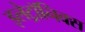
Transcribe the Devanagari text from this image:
इलेट्रॉनिक्स